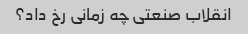
انقلاب صنعتی چه زمانی رخ داد؟